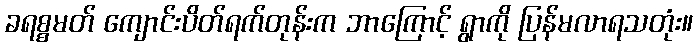
ခရစ္စမတ် ကျောင်းပိတ်ရက်တုန်းက ဘာကြောင့် ရွာကို ပြန်မလာရသတုံး။